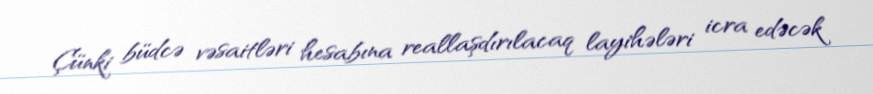
Çünki büdcə vəsaitləri hesabına reallaşdırılacaq layihələri icra edəcək